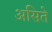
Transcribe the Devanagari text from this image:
असिते